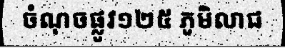
ចំណុចផ្លូវ១២៥ ភូមិលាជ